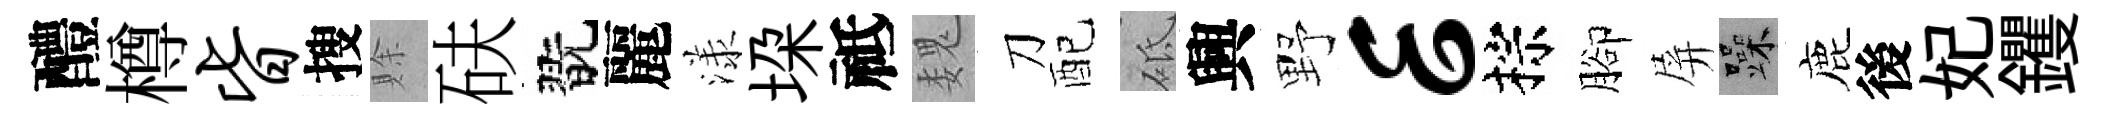
醴樽皆搜賖砆翫麗漾垜祗魏刀配砥興野E棕腳屏躁鹿後妃钁